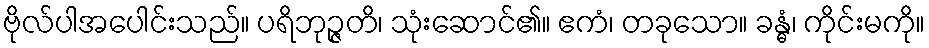
ဗိုလ်ပါအပေါင်းသည်။ ပရိဘုဉ္ဇတိ၊ သုံးဆောင်၏။ ဧကံ၊ တခုသော။ ခန္ဓံ၊ ကိုင်းမကို။